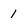
Character: 1